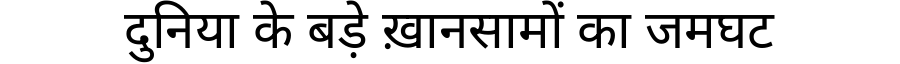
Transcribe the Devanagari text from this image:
दुनिया के बड़े ख़ानसामों का जमघट